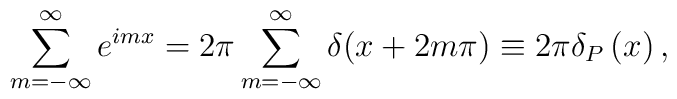
\sum_{m=-\infty }^\infty e^{imx}=2\pi \sum_{m=-\infty }^\infty \delta(x+2m\pi )\equiv 2\pi \delta _P\left( x\right) ,